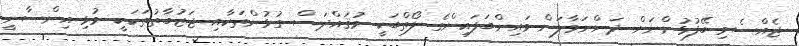
ޖެއްސެވި ބޭފުޅުންނަށް ދަންނަވާލަން މައިންބަފައިންގެ ލޯތްބަކީ މުޤައްދަސް ގުޅުންތަކާއި ޖަޒުބާތުތަކަކީ މުޅި އިންސާނީ